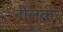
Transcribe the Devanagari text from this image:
नीलवीर